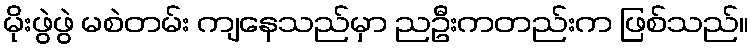
မိုးဖွဲဖွဲ မစဲတမ်း ကျနေသည်မှာ ညဦးကတည်းက ဖြစ်သည်။